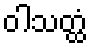
ဝါသတ္ထံ